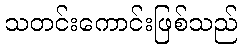
သတင်းကောင်းဖြစ်သည်